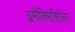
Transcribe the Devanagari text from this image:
ॲमोक्सिसिलिन